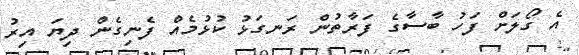
އެ ގޯލަށް ފަހު ބާސާގެ ފަރާތުން ރަނގަޅު ކުޅުމެއް ފެނިގެން ދިޔަ އިރު